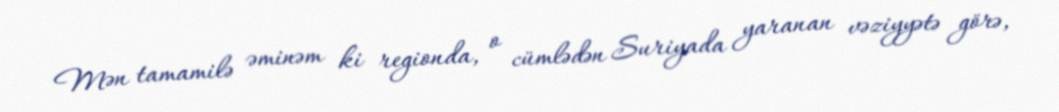
Mən tamamilə əminəm ki regionda, o cümlədən Suriyada yaranan vəziyyətə görə,